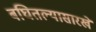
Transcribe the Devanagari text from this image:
बघितल्यासारखे